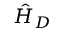
\hat { H } _ { D }